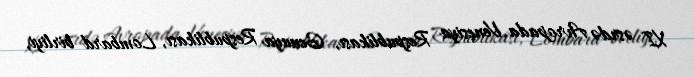
XI əsrdə Avropada Venesiya Respublikası, Genuya Respublikası, Lombard birliyi,